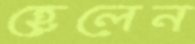
হেলেন